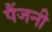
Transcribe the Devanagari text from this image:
पैंजनी